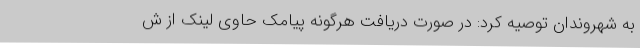
به شهروندان توصیه کرد: در صورت دریافت هرگونه پیامک حاوی لینک از ش